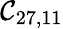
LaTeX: \mathcal{C}_{27,11}